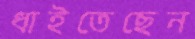
ধাইতেছেন